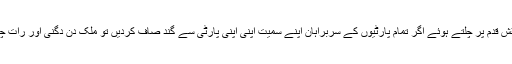
جنرل صاحب کے نقش قدم پر چلتے ہوئے اگر تمام پارٹیوں کے سربراہان اپنے سمیت اپنی اپنی پارٹی سے گند صاف کردیں تو ملک دن دگنی اور رات چوگنی ترقی کرے گا۔